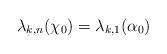
LaTeX: \begin{align*}\lambda_{k,n}(\chi_0) = \lambda_{k,1}(\alpha_0)\end{align*}